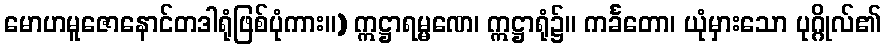
မောဟမူဇောနောင်တဒါရုံဖြစ်ပုံကား။) ဣဋ္ဌာရမ္မဏေ၊ ဣဋ္ဌာရုံ၌။ ကင်္ခတော၊ ယုံမှားသော ပုဂ္ဂိုလ်၏